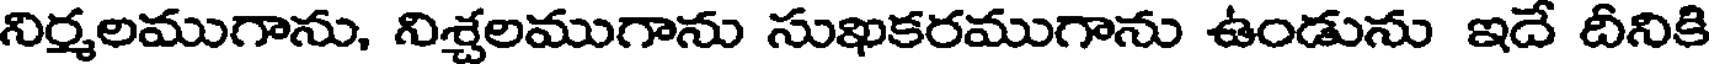
నిర్మలముగాను, నిశ్చలముగాను సుఖకరముగాను ఉండును ఇదే దీనికి